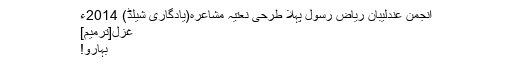
انجمن عندلیبانِ ریاضِ رسول پہلا طرحی نعتیہ مشاعرہ(یادگاری شیلڈ) 2014ء
غزل[ترمیم]
بہارو!